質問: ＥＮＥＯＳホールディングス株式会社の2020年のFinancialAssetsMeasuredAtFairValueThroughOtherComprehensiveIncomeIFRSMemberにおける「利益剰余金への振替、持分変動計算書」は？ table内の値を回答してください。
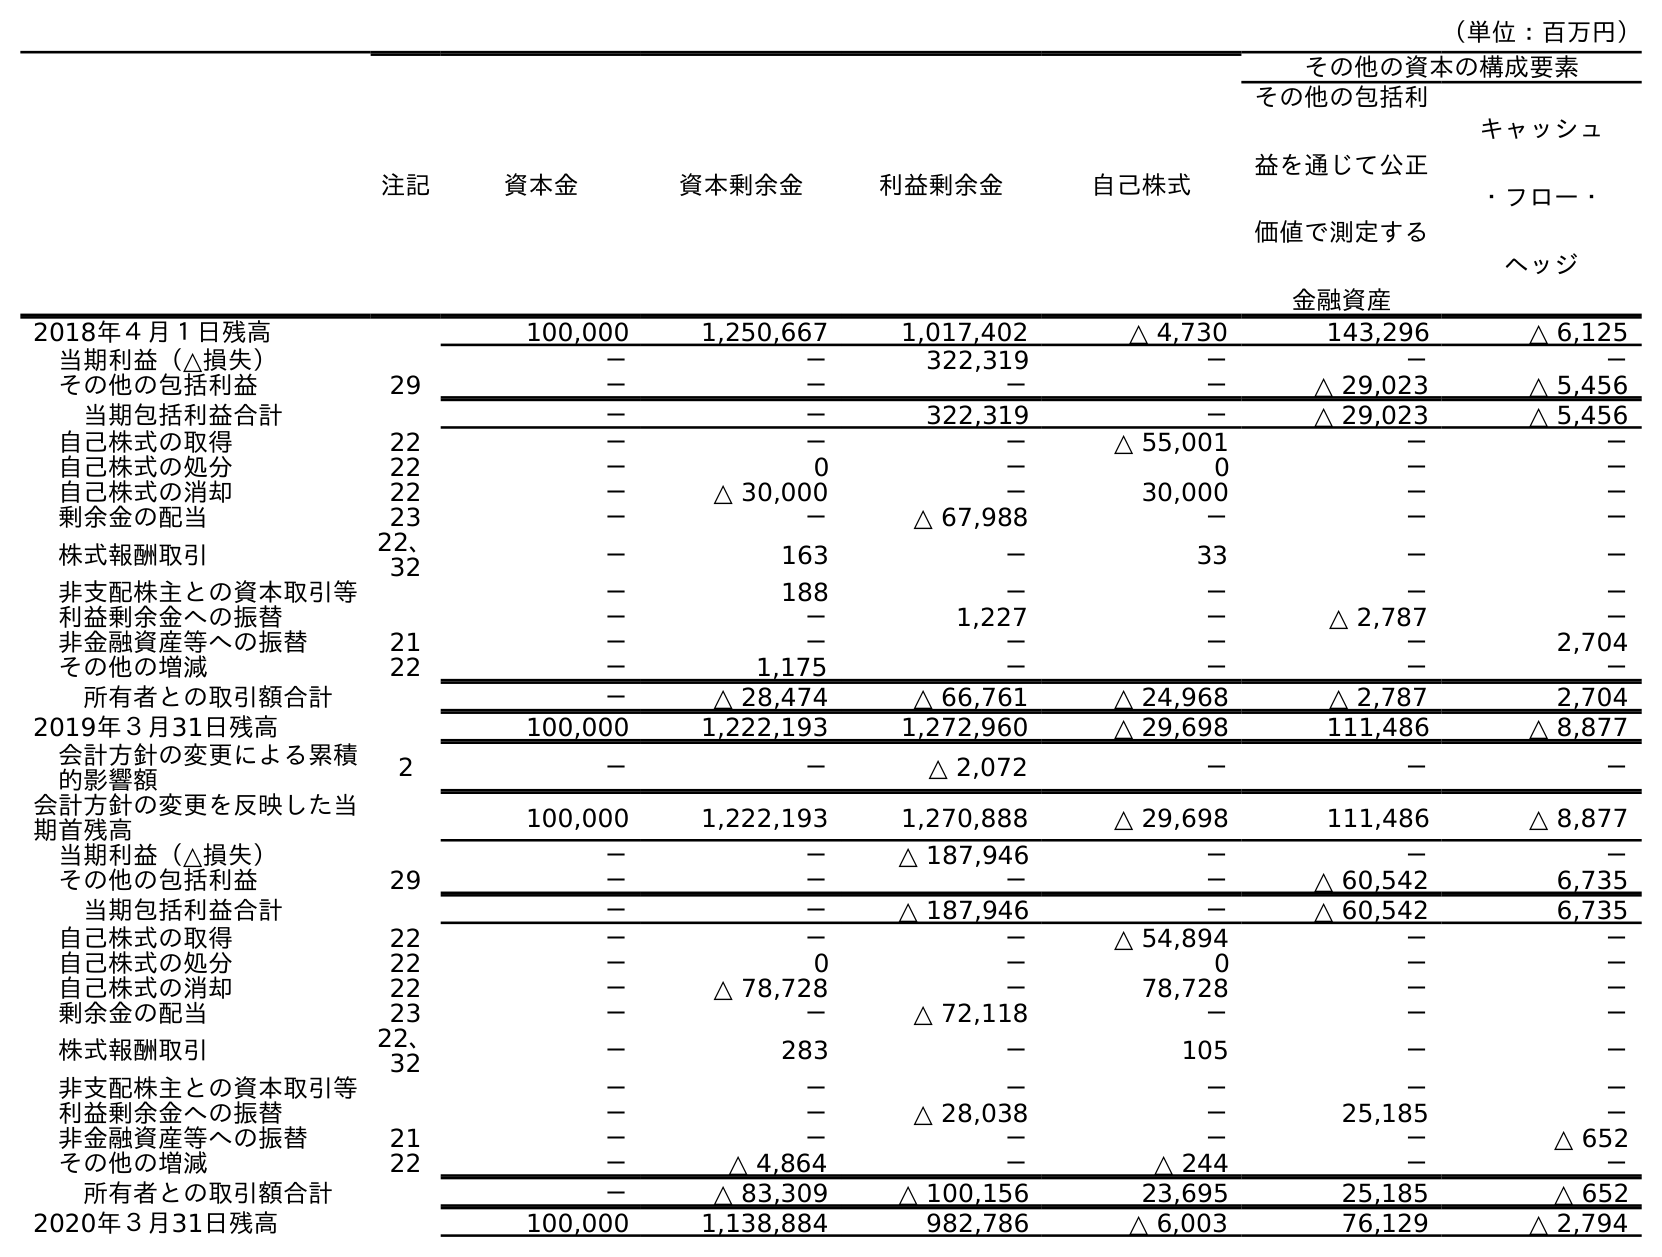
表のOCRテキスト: （単位：百万円） 注記 資本金 資本剰余金 利益剰余金 自己株式 その他の資本の構成要素 その他の包括利 益を通じて公正 価値で測定する 金融資産 キャッシュ ・フロー・ ヘッジ 2018年４月１日残高 100,000 1,250,667 1,017,402 △ 4,730 143,296 △ 6,125 当期利益（△損失） － － 322,319 － － － その他の包括利益 29 － － － － △ 29,023 △ 5,456 当期包括利益合計 － － 322,319 － △ 29,023 △ 5,456 自己株式の取得 22 － － － △ 55,001 － － 自己株式の処分 22 － 0 － 0 － － 自己株式の消却 22 － △ 30,000 － 30,000 － － 剰余金の配当 23 － － △ 67,988 － － － 株式報酬取引 22、 32 － 163 － 33 － － 非支配株主との資本取引等 － 188 － － － － 利益剰余金への振替 － － 1,227 － △ 2,787 － 非金融資産等への振替 21 － － － － － 2,704 その他の増減 22 － 1,175 － － － － 所有者との取引額合計 － △ 28,474 △ 66,761 △ 24,968 △ 2,787 2,704 2019年３月31日残高 100,000 1,222,193 1,272,960 △ 29,698 111,486 △ 8,877 会計方針の変更による累積 的影響額 2 － － △ 2,072 － － － 会計方針の変更を反映した当 期首残高 100,000 1,222,193 1,270,888 △ 29,698 111,486 △ 8,877 当期利益（△損失） － － △ 187,946 － － － その他の包括利益 29 － － － － △ 60,542 6,735 当期包括利益合計 － － △ 187,946 － △ 60,542 6,735 自己株式の取得 22 － － － △ 54,894 － － 自己株式の処分 22 － 0 － 0 － － 自己株式の消却 22 － △ 78,728 － 78,728 － － 剰余金の配当 23 － － △ 72,118 － － － 株式報酬取引 22、 32 － 283 － 105 － － 非支配株主との資本取引等 － － － － － － 利益剰余金への振替 － － △ 28,038 － 25,185 － 非金融資産等への振替 21 － － － － － △ 652 その他の増減 22 － △ 4,864 － △ 244 － － 所有者との取引額合計 － △ 83,309 △ 100,156 23,695 25,185 △ 652 2020年３月31日残高 100,000 1,138,884 982,786 △ 6,003 76,129 △ 2,794
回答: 25,185